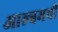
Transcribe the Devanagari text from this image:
आल्बमची